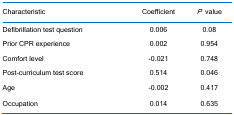
| Characteristic | Coefficient | P value |
 | --- | --- | --- |
 | Defibrillation test question | 0.006 | 0.08 |
 | Prior CPR experience | 0.002 | 0.954 |
 | Comfort level | -0.021 | 0.748 |
 | Post-curriculum test score | 0.514 | 0.046 |
 | Age | -0.002 | 0.417 |
 | Occupation | 0.014 | 0.635 |